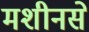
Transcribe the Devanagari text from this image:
मशीनसे